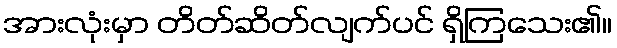
အားလုံးမှာ တိတ်ဆိတ်လျက်ပင် ရှိကြသေး၏။